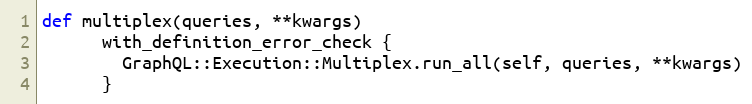
Language: Ruby
def multiplex(queries, **kwargs)
      with_definition_error_check {
        GraphQL::Execution::Multiplex.run_all(self, queries, **kwargs)
      }